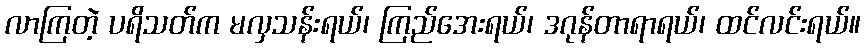
လာကြတဲ့ ပရိသတ်က မလှသန်းရယ်၊ ကြည်အေးရယ်၊ ဒဂုန်တာရာရယ်၊ ထင်လင်းရယ်။